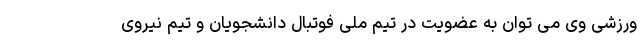
ورزشی وی می توان به عضویت در تیم ملی فوتبال دانشجویان و تیم نیروی